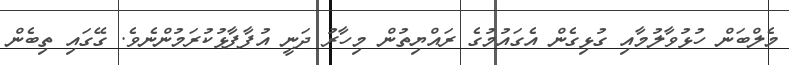
މެލްބަން ހުޅުވާލުމާއި ގުޅިގެން އެގައުމުގެ ރައްޔިތުން މިހާރު ދަނީ އުފާފާޅުކުރަމުންނެވެ. ގޭގައި ތިބެން